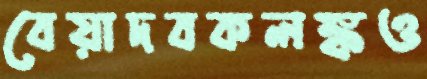
বেয়াদবকলঙ্কও